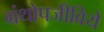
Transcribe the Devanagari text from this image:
ग्रंथोपजीविये